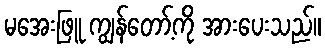
မအေးဖြူ ကျွန်တော့်ကို အားပေးသည်။